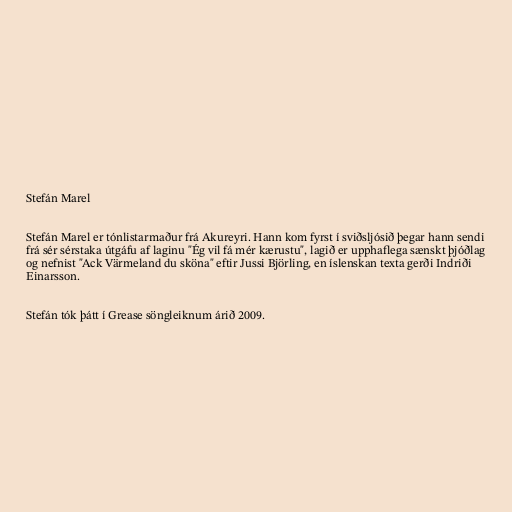
Stefán Marel

Stefán Marel er tónlistarmaður frá Akureyri. Hann kom fyrst í sviðsljósið þegar hann sendi
frá sér sérstaka útgáfu af laginu "Ég vil fá mér kærustu", lagið er upphaflega sænskt þjóðlag
og nefnist "Ack Värmeland du sköna" eftir Jussi Björling, en íslenskan texta gerði Indriði
Einarsson.

Stefán tók þátt í Grease söngleiknum árið 2009.